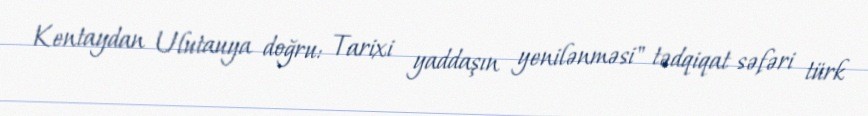
Kentaydan Ulutauya doğru: Tarixi yaddaşın yenilənməsi" tədqiqat səfəri türk